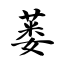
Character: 蒌